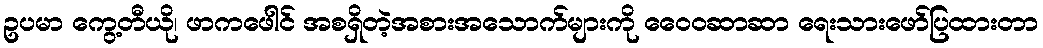
ဥပမာ ကွေ့တီယို၊ ဖာကဖေါင် အစရှိတဲ့အစားအသောက်များကို ဝေေ၀ဆာဆာ ရေးသားဖော်ပြထားတာ